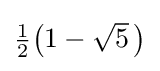
{\textstyle {\tfrac {1}{2}}{\bigl (}1-{\sqrt {5}}~\!{\bigr )}}